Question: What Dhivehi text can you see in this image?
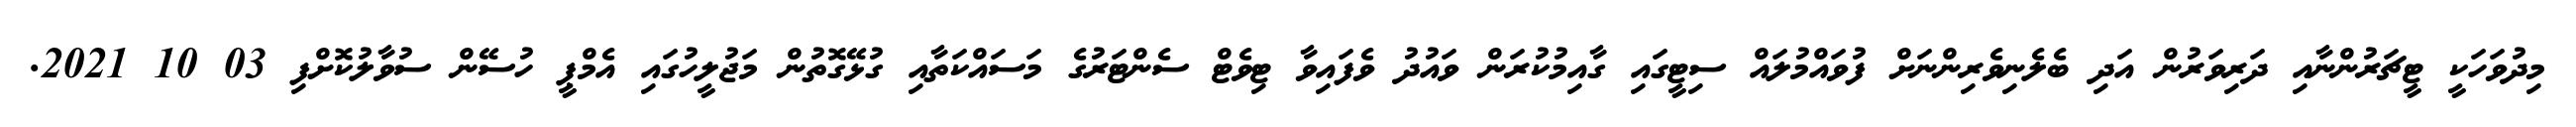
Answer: މިދުވަހަކީ ޓީޗަރުންނާއި ދަރިވަރުން އަދި ބެލެނިވެރިންނަށް ފުވައްމުލައް ސިޓީގައި ގާއިމުކުރަން ވައުދު ވެފައިވާ ޓިވެޓް ސެންޓަރުގެ މަސައްކަތާއި ގުޅޭގޮތުން މަޖުލީހުގައި އެމްޕީ ހުސޭން ސުވާލުކޮށްފި 03 10 2021.